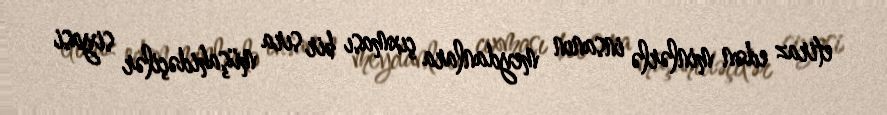
etiraz edən minlərlə insanın meydanlara çıxması bir sıra müşahidəçilər siyasi